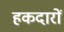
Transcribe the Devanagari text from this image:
हकदारों